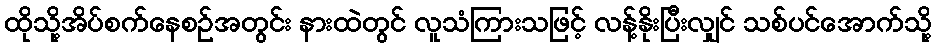
ထိုသို့အိပ်စက်နေစဉ်အတွင်း နားထဲတွင် လူသံကြားသဖြင့် လန့်နိုးပြီးလျှင် သစ်ပင်အောက်သို့